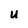
Character: U